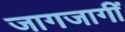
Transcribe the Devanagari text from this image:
जागजागीं